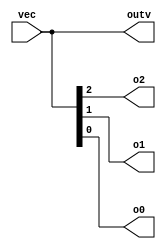
module top_module ( 
    input wire [2:0] vec,
    output wire [2:0] outv,
    output wire o2,
    output wire o1,
    output wire o0
); 

    // Assign the input vector to the output vector
    assign outv = vec;
    
    // Split the input vector into individual bits and assign to outputs
    assign o0 = vec[0];
    assign o1 = vec[1];
    assign o2 = vec[2];

endmodule